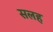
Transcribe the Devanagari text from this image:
सलह